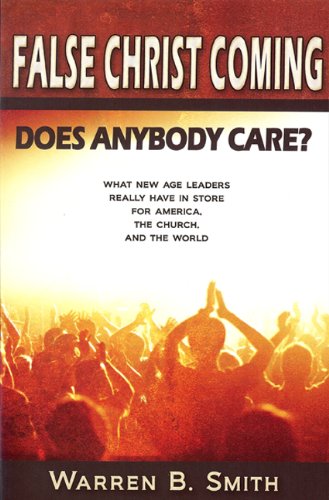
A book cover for False Christ Coming: Does Anybody Care?: What New Age Leaders Really Have in Store for America, the Church, and the World; Warren Smith; Christian Books & Bibles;